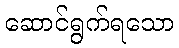
ဆောင်ရွက်ရသော